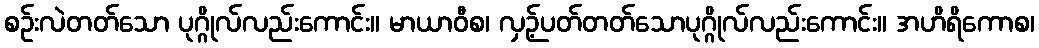
စဉ်းလဲတတ်သော ပုဂ္ဂိုလ်လည်းကောင်း။ မာယာဝီစ၊ လှဉ့်ပတ်တတ်သောပုဂ္ဂိုလ်လည်းကောင်း။ အဟိရိကောစ၊